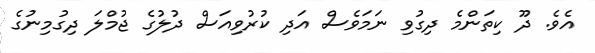
އެވެ. ދޫ ކިތަންމެ ދިގުވި ނަމަވެސް އަދި ކުރުވިއަސް ދުލުގެ ޖުމްލަ ދިގުމިނުގެ